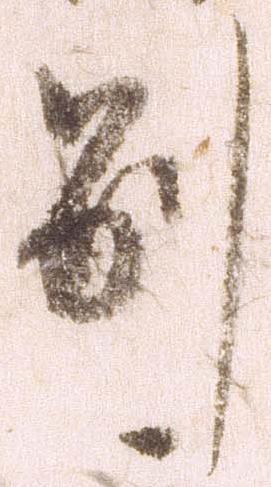
別